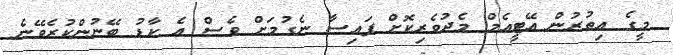
މީގެ އިތުރުން އޭޓީއެމް މެދުވެރިކޮށް ފައިސާ ނެގުމަށް ވެސް އެ ކާޑު ބޭނުންކުރެވޭނެ